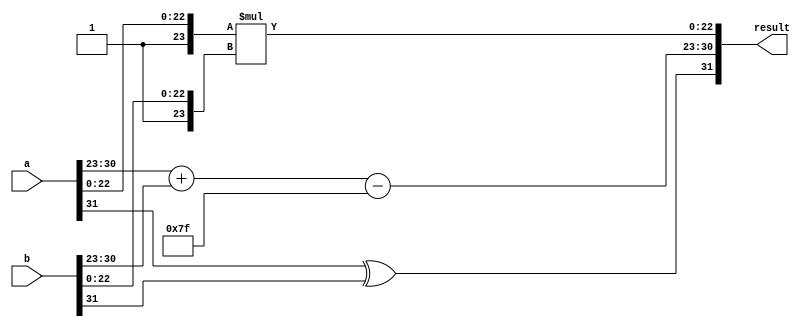
module FloatingPointWallaceTreeMultiplier (
    input wire [31:0] a, // First floating-point number
    input wire [31:0] b, // Second floating-point number
    output reg [31:0] result // Resultant floating-point number
);

    // Constants
    parameter EXPONENT_BITS = 8;
    parameter MANTISSA_BITS = 23;
    parameter BIAS = 127;

    // Extract fields from the inputs
    wire sign_a = a[31];
    wire sign_b = b[31];
    wire [EXPONENT_BITS-1:0] exp_a = a[30:23];
    wire [EXPONENT_BITS-1:0] exp_b = b[30:23];
    wire [MANTISSA_BITS:0] mant_a = {1'b1, a[22:0]}; // Implicit leading 1
    wire [MANTISSA_BITS:0] mant_b = {1'b1, b[22:0]}; // Implicit leading 1

    // Result fields
    wire sign_result;
    wire [EXPONENT_BITS-1:0] exp_result;
    wire [2*MANTISSA_BITS:0] mant_result; // To hold the multiplication result

    // Sign calculation
    assign sign_result = sign_a ^ sign_b;

    // Exponent calculation
    wire [EXPONENT_BITS:0] exp_sum;
    assign exp_sum = {1'b0, exp_a} + {1'b0, exp_b} - BIAS;
    assign exp_result = exp_sum[EXPONENT_BITS-1:0]; // Truncate overflow

    // Mantissa multiplication using Wallace tree
    // Step 1: Generate partial products (not fully implemented, this is a placeholder)
    wire [MANTISSA_BITS:0] pp[MANTISSA_BITS:0]; // Partial products
    genvar i, j;
    generate
        for(i = 0; i <= MANTISSA_BITS; i = i + 1) begin: pp_gen
            for(j = 0; j <= MANTISSA_BITS; j = j + 1) begin: pp_inner
                assign pp[i][j] = mant_a[i] & mant_b[j]; // AND for partial product
            end
        end
    endgenerate

    // Step 2: Wallace tree reduction (not fully implemented)
    // Placeholder for Wallace tree reduction logic
    // Simplified example, actual implementation requires multiple levels of adders
    wire [2*MANTISSA_BITS:0] sum;
    assign sum = mant_a * mant_b; // Using simple multiplication for this placeholder

    // Step 3: Normalization (not fully implemented)
    // Placeholder normalization logic
    reg [MANTISSA_BITS:0] normalized_mantissa;
    reg [EXPONENT_BITS:0] normalized_exponent;

    always @(*) begin
        // Basic normalization logic (needs to be expanded)
        normalized_mantissa = sum[MANTISSA_BITS:0]; // Example, replace with actual logic
        normalized_exponent = exp_result; // Example, replace with actual logic

        // Assemble the result
        result = {sign_result, normalized_exponent[EXPONENT_BITS-1:0], normalized_mantissa[MANTISSA_BITS-1:0]};
    end

endmodule